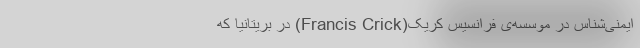
ایمنی‌شناس در موسسه‌ی فرانسیس کریک(Francis Crick) در بریتانیا که